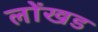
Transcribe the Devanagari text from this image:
लोंखड